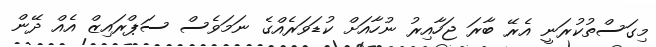
މިގަސްތުކުރަނީ އެރޭ ބާރަ ޖަހާއިރު ނުހާއަށް ކުޑަވަރެއްގެ ނަމަވެސް ސަޕްރައިޒް އެއް ދޭން